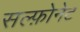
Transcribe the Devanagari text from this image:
सल्फ़ोनेट